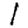
Digit: 1